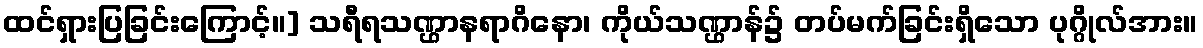
ထင်ရှားပြခြင်းကြောင့်။] သရီရသဏ္ဌာနရာဂိနော၊ ကိုယ်သဏ္ဌာန်၌ တပ်မက်ခြင်းရှိသော ပုဂ္ဂိုလ်အား။